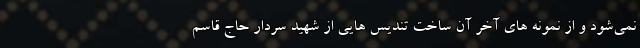
نمی‌شود و از نمونه های آخر آن ساخت تندیس هایی از شهید سردار حاج قاسم